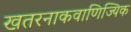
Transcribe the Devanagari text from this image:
खतरनाकवाणिज्यिक